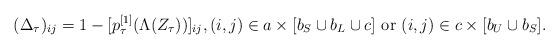
LaTeX: \begin{align*}(\Delta_{\tau})_{ij}=1-[p_{\tau}^{[1]}(\Lambda (Z_{\tau}))]_{ij}, (i,j) \in a \times [b_S \cup b_L \cup c]\mbox{ or } (i,j) \in c \times [ b_U \cup b_S].\end{align*}